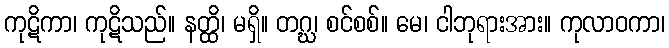
ကုဋိကာ၊ ကုဋိသည်။ နတ္ထိ၊ မရှိ။ တဂ္ဃ၊ စင်စစ်။ မေ၊ ငါဘုရားအား။ ကုလာဝကာ၊